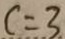
c = 3